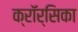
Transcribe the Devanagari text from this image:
क्रॉर्सिका